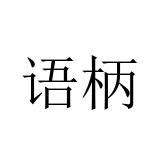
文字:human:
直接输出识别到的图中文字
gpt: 语柄